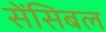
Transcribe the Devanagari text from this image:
सेंसिबल